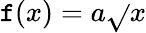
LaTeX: \mathtt{f}(x)=a\sqrt{}{{x}}